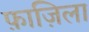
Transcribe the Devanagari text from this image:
फ़ाज़िला